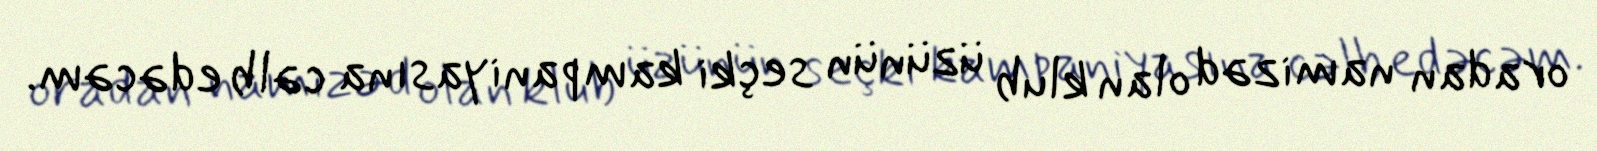
oradan namizəd olan klub üzünün seçki kampaniyasına cəlb edəcəm.